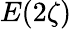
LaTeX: E(2\zeta)